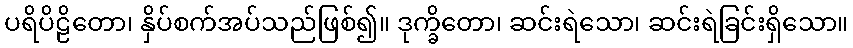
ပရိပိဠိတော၊ နှိပ်စက်အပ်သည်ဖြစ်၍။ ဒုက္ခိတော၊ ဆင်းရဲသော၊ ဆင်းရဲခြင်းရှိသော။